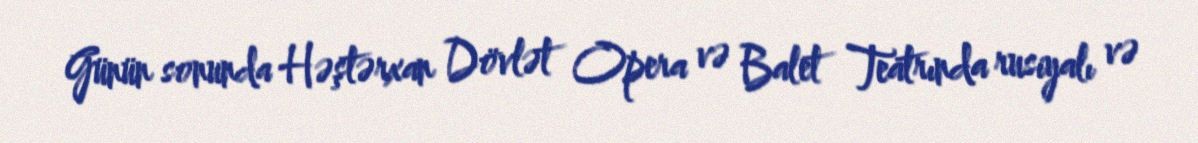
Günün sonunda Həştərxan Dövlət Opera və Balet Teatrında rusiyalı və